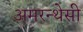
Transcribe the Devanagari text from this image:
अमरन्थेसी